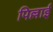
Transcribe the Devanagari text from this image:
पिल्लाई